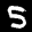
Label: 5